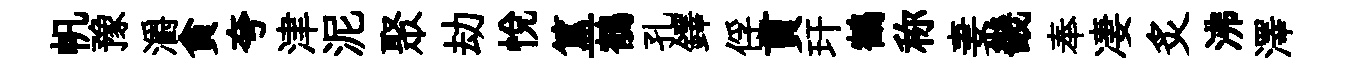
帆豫灂貪夸津泥聚劫悦簋鶺孔鐸俘貫玕鶴称妻畿奉凄炙沸澤